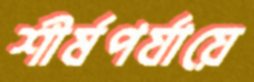
শীর্ষপর্যায়ে